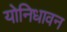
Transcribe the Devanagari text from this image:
योनिधावन